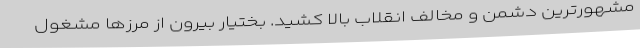
مشهورترین دشمن و مخالف انقلاب بالا کشید. بختیار بیرون از مرزها مشغول